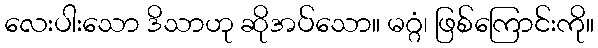
လေးပါးသော ဒိသာဟု ဆိုအပ်သော။ မဂ္ဂံ၊ ဖြစ်ကြောင်းကို။